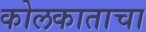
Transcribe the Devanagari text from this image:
कोलकाताचा